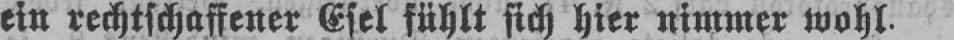
ein rechtschaffener Esel fühlt sich hier nimmer wohl.